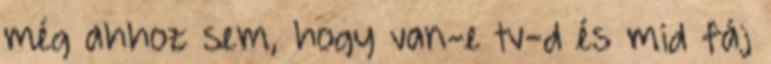
még ahhoz sem, hogy van-e tv-d és mid fáj